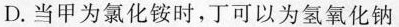
D.当甲为氯化铵时，可以为氢氧化钠